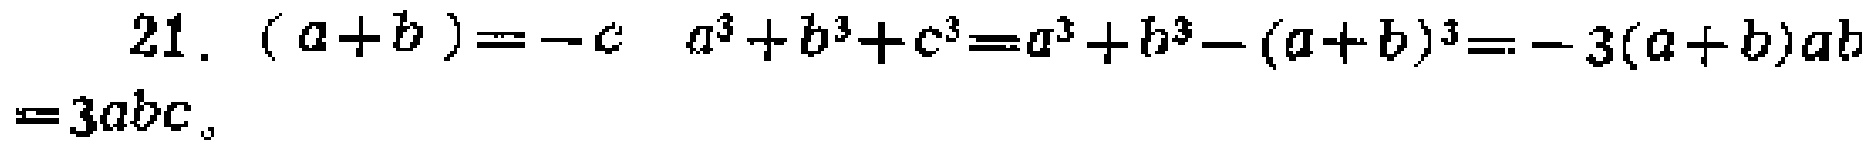
21. \((a + b)=-c\) \(a^{3}+b^{3}+c^{3}=a^{3}+b^{3}-(a + b)^{3}=-3(a + b)ab = 3abc\)